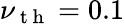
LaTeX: \nu_{\mathrm{~t~h~}}=0.1